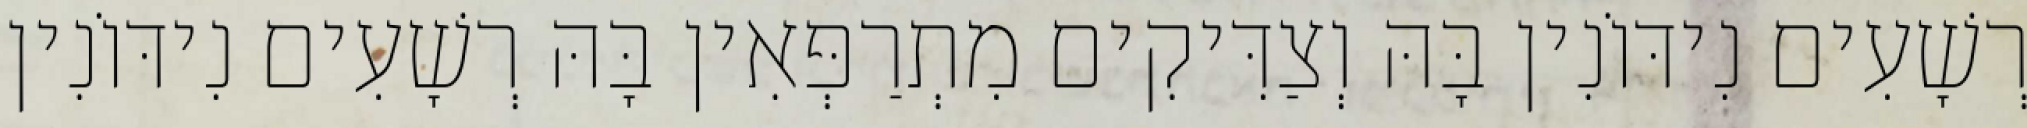
רְשָׁעִים נִידּוֹנִין בָּהּ וְצַדִּיקִים מִתְרַפְּאִין בָּהּ רְשָׁעִים נִידּוֹנִין